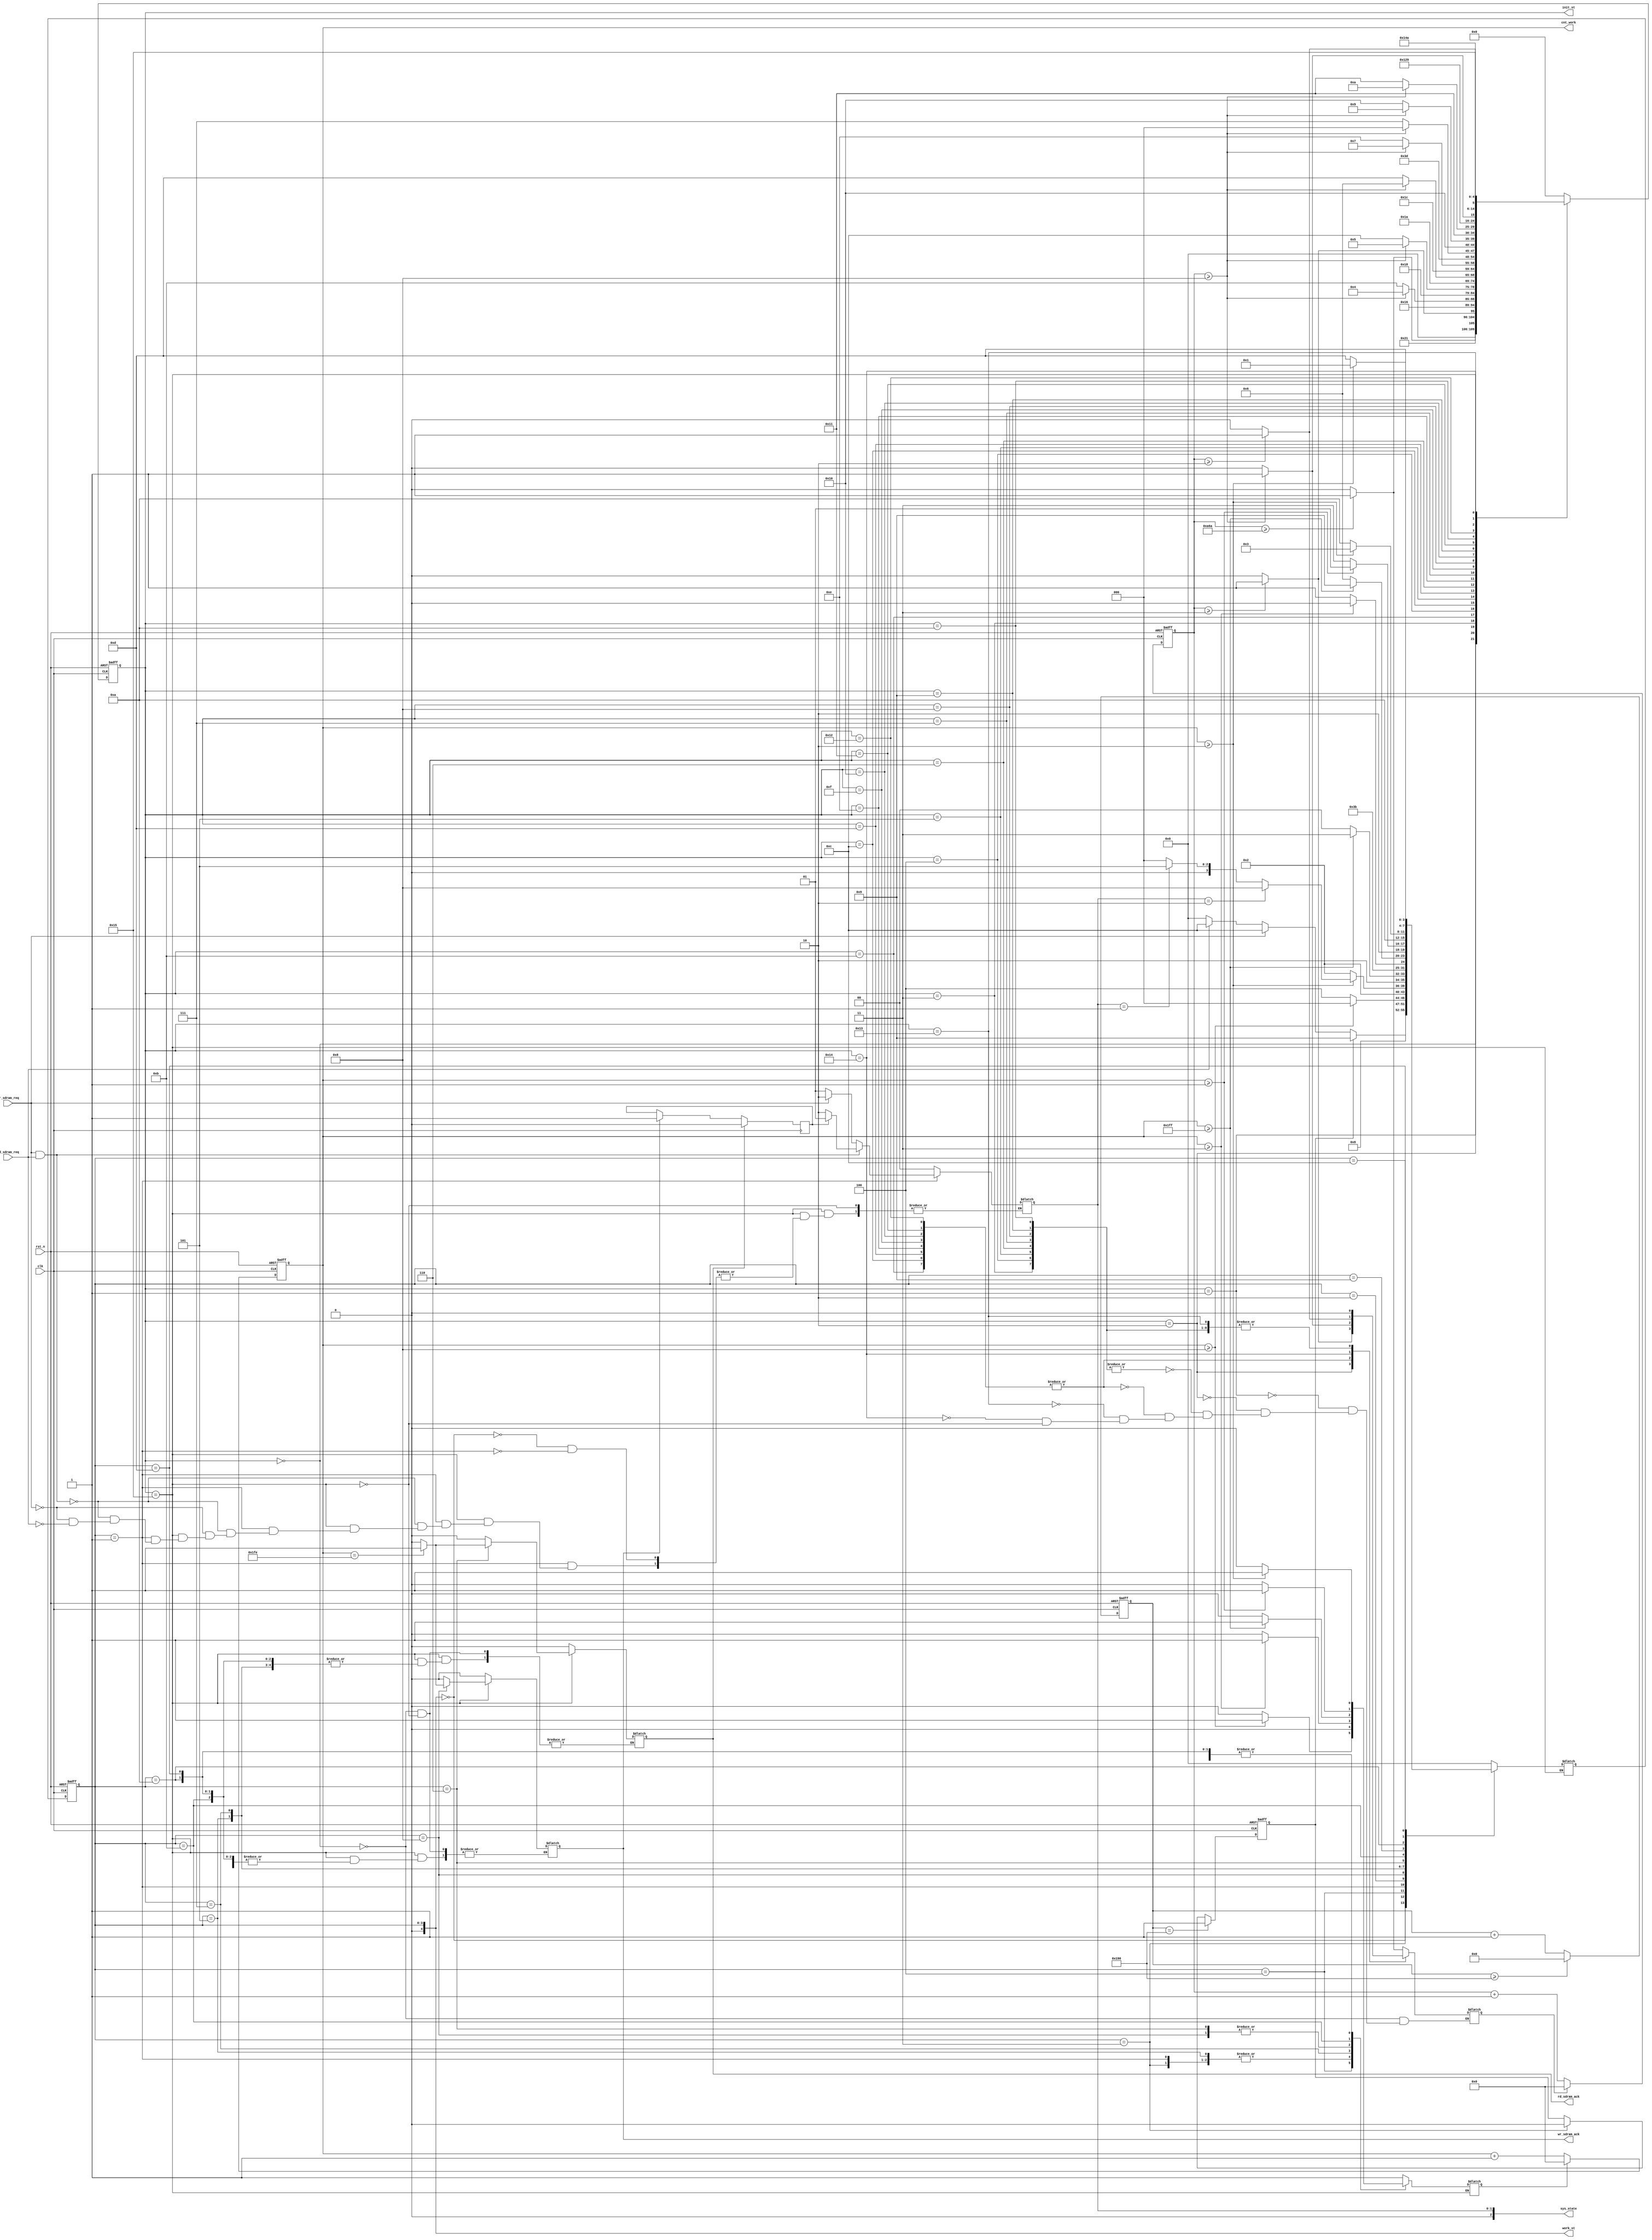
module sdram_ctrl
(
	clk,
	rst_n,
	init_st,
	work_st,
	wr_sdram_req,
	wr_sdram_ack,
	rd_sdram_req,
	rd_sdram_ack,
	cnt_work,
	sys_state
);
	
	parameter	CMD_RST		= 5'b01111;
	parameter	CMD_MRS		= 5'b10000;
	parameter	CMD_ACT		= 5'b10011;
	parameter	CMD_WR		= 5'b10100;
	parameter	CMD_BSTOP	= 5'b10110;
	parameter	CMD_NOP	 	= 5'b10111;
	parameter	CMD_CHG	 	= 5'b10010;
	parameter	CMD_REF	 	= 5'b10001;
	
	parameter	cnt_200us	= 2666;  // 26666clk = 200us
	parameter 	I_200us		= 5'd0;
	parameter 	I_pre 		= 5'd1;
	parameter 	I_wait_pre	= 5'd2;	
	parameter 	I_refresh1 	= 5'd3;
	parameter 	I_refresh2 	= 5'd4;
	parameter 	I_refresh3 	= 5'd5;
	parameter 	I_refresh4 	= 5'd6;
	parameter 	I_refresh5 	= 5'd7;
	parameter 	I_refresh6 	= 5'd8;
	parameter 	I_refresh7 	= 5'd9;
	parameter 	I_refresh8 	= 5'd10;
	parameter 	I_wait_re1 	= 5'd11;
	parameter 	I_wait_re2 	= 5'd12;
	parameter 	I_wait_re3 	= 5'd13;
	parameter 	I_wait_re4 	= 5'd14;
	parameter 	I_wait_re5 	= 5'd15;
	parameter 	I_wait_re6 	= 5'd16;
	parameter 	I_wait_re7 	= 5'd17;
	parameter 	I_wait_re8 	= 5'd18;
	parameter 	I_mrs 		= 5'd19;
	parameter	I_wati_mrs	= 5'd20;
	parameter 	I_done 		= 5'd21;

	parameter	W_IDLE		= 4'd0;		//idle
	parameter	W_ACTIVE	= 4'd1;		//row active 
	parameter	W_TRCD		= 4'd2;		//row active wait time  min=20ns
	parameter	W_REF		= 4'd3;		//auto refresh
	parameter	W_RC		= 4'd4;		//auto refresh wait time min=63ns
	parameter	W_READ		= 4'd5;		//read cmd
	parameter	W_RDDAT		= 4'd6;		//read data
	parameter	W_CL		= 4'd7;		//cas latency
	parameter	W_WRITE		= 4'd8;		//auto write
	parameter	W_PRECH		= 4'd9;		//precharge
	parameter	W_TRP		= 4'd10;	//precharge wait time  min=20ns
	parameter	W_BSTOP		= 4'd11;	//burst stop
	parameter	W_CHGACT	= 4'd12;	//precharge before act
	parameter	W_TRPACT	= 4'd13;	//precharge before act

	input 		clk;
	input 		rst_n;
	input		wr_sdram_req;
	input 		rd_sdram_req;
	output reg	wr_sdram_ack;
	output reg	rd_sdram_ack;
	output reg[4:0]		init_st = I_200us;
	output reg[4:0]		work_st = W_IDLE;	
	output reg[15:0]	cnt_work;
	output reg[2:0]		sys_state = 0;
	reg[15:0]	cnt_init;
	reg			pre_charge_done;
	reg			init_cnt_rst = 0;
	reg			work_cnt_rst = 0;
	reg[4:0]	nxt_ist = I_200us;
	reg[4:0]	nxt_wst = W_IDLE;
	reg[9:0]	ref_cnt = 0;
	reg			ref_req = 0;
	reg			wr_rd_switch = 0;
	wire		ref_ack;
	
	assign ref_ack = (work_st == W_REF);		// SDRAM
//	auto refresh counter , refresh req and ack	
	always @(posedge clk or negedge rst_n) begin
		if(!rst_n) begin
			ref_cnt	<= 0;
		end
	
		else if(ref_cnt >= 'd400)begin    // 133MHz   cnt 1000 
			ref_cnt	<= 0;
		end
		
		else begin
			ref_cnt	<= ref_cnt + 1;	
		end
	end

	always @(posedge clk or negedge rst_n) begin
		if(!rst_n) begin
			ref_req	<= 0;
		end
	
		else if(ref_cnt == 'd400)begin
			ref_req	<= 1;
		end
		
		else if(ref_ack)begin
			ref_req	<= 0;
		end
	end

	always @(posedge clk or negedge rst_n) begin
		if(!rst_n) begin
			cnt_init		<= 0;
		end
		else begin
			if(init_cnt_rst) begin
				cnt_init <= 0;
			end
			else begin
				cnt_init <= cnt_init + 1;
			end
		end
	end	
	
	always @(posedge clk or negedge rst_n) begin
		if(!rst_n) begin
			cnt_work <= 0;
		end
		else begin
			if(work_cnt_rst) begin
				cnt_work <= 0;
			end
			else begin
				cnt_work <= cnt_work + 1;
			end
		end
	end
	
	//  
	// generate ack ,respond req, sys_state
	always @(*) begin
		case(init_st)
			I_200us: begin
				init_cnt_rst = cnt_init >= cnt_200us ? 1 : 0;
				rd_sdram_ack = 0;
				wr_sdram_ack = 0;
			end
			
			I_pre: begin
				init_cnt_rst = 0;
			end
			
			I_wait_pre: begin
				init_cnt_rst = cnt_init >= 3 ? 1 : 0;	// precharge time 20ns = 3 sdramclk	
			end
			
			I_refresh1,I_refresh2,I_refresh3,I_refresh4,I_refresh5,
			I_refresh6,I_refresh7,I_refresh8: begin
				init_cnt_rst = 0;
			end
			
			I_wait_re1,I_wait_re2,I_wait_re3,I_wait_re4,I_wait_re5,
			I_wait_re6,I_wait_re7,I_wait_re8: begin
				init_cnt_rst = cnt_init >= 8 ? 1 : 0;   // refresh cycle tRC = 60ns = 9 sdramclk	
			end
			
			I_mrs: begin
				init_cnt_rst = 0;
			end
			
			I_wati_mrs: begin
				init_cnt_rst = cnt_init >= 2 ? 1 : 0;  
			end
			
			I_done: begin
				init_cnt_rst = 0;
				case(work_st)
					W_IDLE : begin
						work_cnt_rst = 1;
						sys_state	 = 0;
						rd_sdram_ack = 0;
						wr_sdram_ack = 0;
					end
					W_REF : begin
						work_cnt_rst = 0;
					end
					W_ACTIVE : begin
						work_cnt_rst = 0;
						if(wr_sdram_req == 1 && rd_sdram_req == 1) begin
							if(wr_rd_switch == 1) begin
								sys_state = 1;
							end
							else if(wr_rd_switch == 0) begin								
								sys_state = 2;
							end
						end
						else if(wr_sdram_req == 1)begin
							sys_state = 2;
						end
						else if(rd_sdram_req == 1 )begin
							sys_state = 1;
						end
					end
					W_RC : begin
						work_cnt_rst = cnt_work >= 8 ? 1 : 0; // refresh cycle tRC = 63ns = 9 sdramclk	
					end
					W_TRCD: begin
						work_cnt_rst = cnt_work >= 2 ? 1 : 0;
					end
					W_WRITE: begin
						work_cnt_rst = cnt_work >= 511 ? 1 : 0;
						if(cnt_work == 510) begin
							wr_sdram_ack = 1;
						end
						else begin
							wr_sdram_ack = 0;
						end
					end
					W_READ : begin
						work_cnt_rst = 0;
					end					
					W_CL : begin
						work_cnt_rst = cnt_work >= 3? 1 : 0;   // cal latency = 3
					end					
					W_RDDAT : begin
						work_cnt_rst = cnt_work >= 511? 1 : 0;
						if(cnt_work == 510) begin
							rd_sdram_ack = 1;
						end
						else begin
							rd_sdram_ack = 0;
						end
					end
					W_BSTOP : begin
						work_cnt_rst = cnt_work >= 1? 1 : 0;   // cal latency = 3
					end
					
					W_TRP,W_TRPACT: begin
						work_cnt_rst = cnt_work >= 2 ? 1 : 0;
					end
					default: begin
						work_cnt_rst = 1;
						wr_sdram_ack = 0;
						rd_sdram_ack = 0;
						
					end
				endcase
			end
		endcase
	end
	always @(posedge clk) begin
		if(rd_sdram_ack) begin
			wr_rd_switch <= 0;
		end
		else if(wr_sdram_ack) begin
			wr_rd_switch <= 1;
		end
	end
	always @(posedge clk or negedge rst_n) begin
		if(!rst_n) begin
			init_st <= I_200us;
			work_st <= W_IDLE;
			
		end
		else begin
			init_st <= nxt_ist;
			work_st <= nxt_wst;
			
		end
	end
	
	// 
	always @(*)begin   //comb
		case(init_st)
			I_200us: begin
				nxt_ist = cnt_init >= cnt_200us ? I_pre: I_200us;
			end
			
			I_pre: begin
				nxt_ist = I_wait_pre;  // 1 clk
			end
			
			I_wait_pre: begin
				nxt_ist = cnt_init >= 3? I_refresh1: I_wait_pre;
			end
			
			I_refresh1: begin
				nxt_ist = I_wait_re1;
			end
			
			I_wait_re1: begin
				nxt_ist = cnt_init >= 8? I_refresh2: I_wait_re1;// I_refresh1			end
			end
			
			I_refresh2: begin
				nxt_ist = I_wait_re2;
			end
			
			I_wait_re2: begin
				nxt_ist = cnt_init >= 8? I_refresh3: I_wait_re2;
			end
			
			I_refresh3: begin
				nxt_ist = I_wait_re3;
			end
			
			I_wait_re3: begin
				nxt_ist = cnt_init >= 8? I_refresh4: I_wait_re3;
			end
			
			I_refresh4: begin
				nxt_ist = I_wait_re4;
			end
			
			I_wait_re4: begin
				nxt_ist = cnt_init >= 8? I_refresh5: I_wait_re4;
			end
			
			I_refresh5: begin
				nxt_ist = I_wait_re5;
			end
			
			I_wait_re5: begin
				nxt_ist = cnt_init >= 8? I_refresh6: I_wait_re5;
			end

			I_refresh6: begin
				nxt_ist = I_wait_re6;
			end
			
			I_wait_re6: begin
				nxt_ist = cnt_init >= 8? I_refresh7: I_wait_re6;
			end
				
			I_refresh7: begin
				nxt_ist = I_wait_re7;
			end
			
			I_wait_re7: begin
				nxt_ist = cnt_init >= 8? I_refresh8: I_wait_re7;
			end
			
			I_refresh8: begin
				nxt_ist = I_wait_re8;
			end
			
			I_wait_re8: begin
				nxt_ist = cnt_init >= 8? I_mrs: I_wait_re8;
			end
				
			I_mrs : begin
				nxt_ist = I_wati_mrs;
			end
			
			I_wati_mrs : begin
				nxt_ist = cnt_init >= 2? I_done: I_wati_mrs;
			end
			
			I_done: begin
				nxt_ist = I_done;
				case(work_st)
					W_IDLE : begin
						if(ref_req) begin // auto refresh
							nxt_wst = W_PRECH; 
						end
						
						else if(wr_sdram_req) begin //  write 
							nxt_wst = W_CHGACT;
						end

						else if(rd_sdram_req) begin //  read
							nxt_wst = W_CHGACT;
						end
						
						else  begin
							nxt_wst = W_IDLE;
						end
					end
					W_REF : begin
						nxt_wst = W_RC; 
					end
					W_RC : begin
						nxt_wst = cnt_work >= 8? W_IDLE: W_RC;
					end
					W_ACTIVE: begin
						nxt_wst = W_TRCD;
					end
					W_TRCD: begin
						if(cnt_work >= 2) begin
							if(sys_state == 2) begin
								nxt_wst = W_WRITE;
							end
							else if(sys_state == 1) begin
								nxt_wst = W_READ;
							end
							else begin
								nxt_wst = W_IDLE;
							end
						end
						else begin
							nxt_wst = W_TRCD;
						end
					end
					W_WRITE : begin
						nxt_wst = cnt_work >= 511? W_BSTOP : W_WRITE;		
					end
					W_READ : begin
						nxt_wst = W_CL;
					end
					W_CL : begin
						nxt_wst = cnt_work >= 3? W_RDDAT : W_CL;
					end
					W_RDDAT : begin
						nxt_wst = cnt_work >= 511? W_PRECH : W_RDDAT;
					end
					W_BSTOP : begin
						nxt_wst = cnt_work >= 1? W_PRECH : W_BSTOP; // exchange
					end
					W_PRECH : begin
						nxt_wst = W_TRP;		
					end
					W_TRP : begin
						nxt_wst = cnt_work >= 2? W_REF: W_TRP;
					end
					W_CHGACT : begin
						nxt_wst = W_TRPACT;		
					end
					W_TRPACT : begin
						nxt_wst = cnt_work >= 2? W_ACTIVE: W_TRPACT;		
					end
					default: begin
						nxt_wst = W_IDLE;
					end
				endcase
			end
			
			default: begin
				nxt_ist = I_200us;
			end
		endcase
	end
	
endmodule